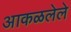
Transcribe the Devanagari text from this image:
आकळलेले